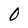
Character: 0